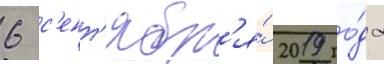
6 с'ент'ябр'я́ 2019 го́да